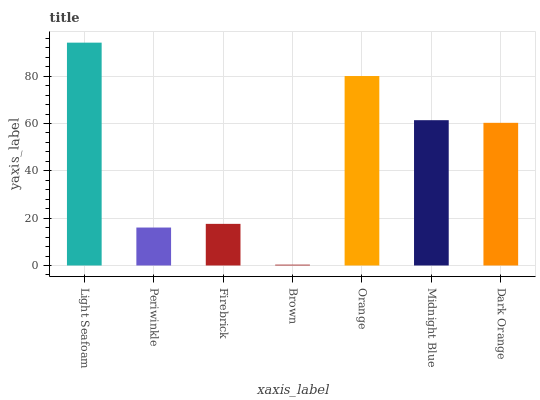
| xaxis_label | bars |
 | --- | --- |
 | Light Seafoam | 94.1 |
 | Periwinkle | 16 |
 | Firebrick | 17.6 |
 | Brown | 0.367 |
 | Orange | 80 |
 | Midnight Blue | 61.4 |
 | Dark Orange | 60.3 |